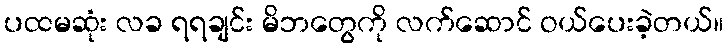
ပထမဆုံး လခ ရရချင်း မိဘတွေကို လက်ဆောင် ဝယ်ပေးခဲ့တယ်။